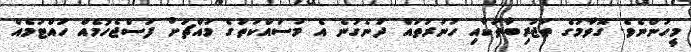
މީހުންނެވެ. ގޮވާމުގެ ތަޖުރިބާތަކާއި ހުނަރުތައް ދަނެގަނެ އެ މަސައްކަތުގެ މައްޗަށް ފަސްޖެހުމެއް ހުއްޓުމެއް